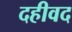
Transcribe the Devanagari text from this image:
दहीवद